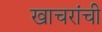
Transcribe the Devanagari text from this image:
खाचरांची